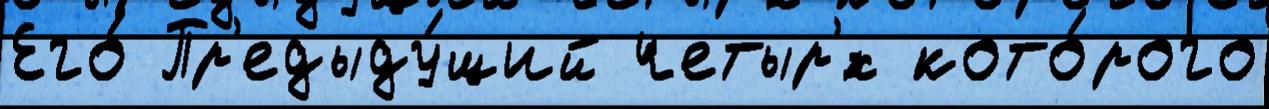
Его́ Пр'едыду́щий четыр'́х кото́рого